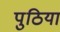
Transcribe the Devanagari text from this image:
पुठिया